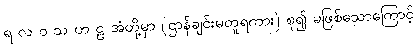
ရ လ ဝ သ ဟ ဠ အံတို့မှာ (ဌာန်ချင်းမတူရကား) စု၍ မဖြစ်သောကြောင့်